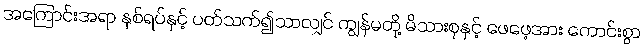
အကြောင်းအရာ နှစ်ရပ်နှင့် ပတ်သက်၍သာလျှင် ကျွန်မတို့ မိသားစုနှင့် ဖေဖေ့အား ကောင်းစွာ